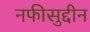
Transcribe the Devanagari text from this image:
नफीसुद्दीन